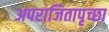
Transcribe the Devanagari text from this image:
अपराजितापृच्छा